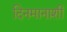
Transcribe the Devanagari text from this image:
दिनमानाशी